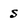
Character: s